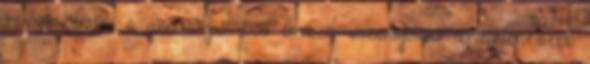
tenné rendbe a gzdaságot. Az emberi viszonyokat a legnehezebb